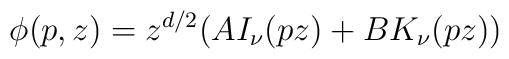
\phi(p,z)=z^{d/2}(A I_\nu(p z)+B K_\nu(pz))